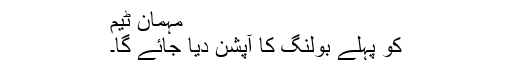
مہمان ٹیم
کو پہلے بولنگ کا آپشن دیا جائے گا۔